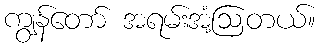
ကျွန်တော် အရမ်းအံ့ဩတယ်။